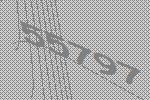
55797